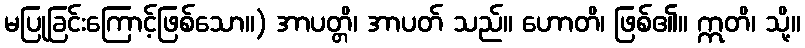
မပြုခြင်းကြောင့်ဖြစ်သော။) အာပတ္တိ၊ အာပတ် သည်။ ဟောတိ၊ ဖြစ်၏။ ဣတိ၊ သို့။